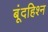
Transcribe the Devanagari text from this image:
बूंदहिश्न